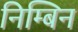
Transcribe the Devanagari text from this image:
निम्बिन